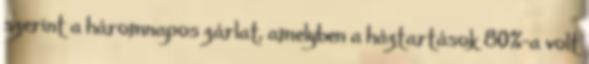
szerint a háromnapos zárlat, amelyben a háztartások 80%-a volt